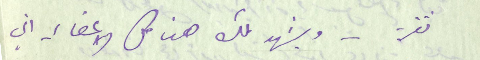
ثقة – ويشهد لك هنا كل الاعضاء اني